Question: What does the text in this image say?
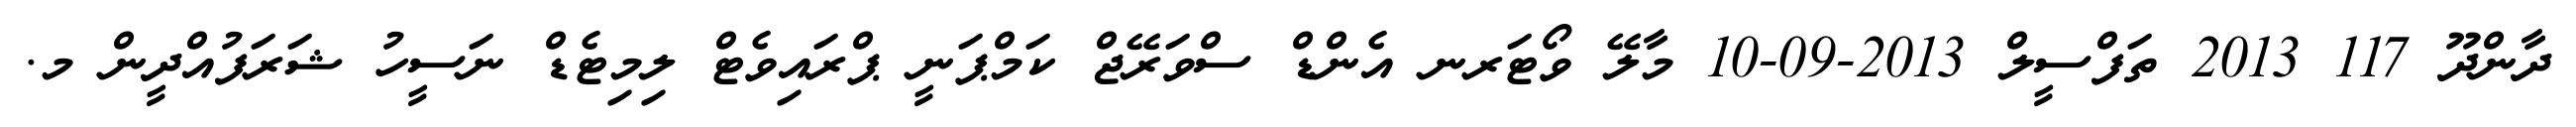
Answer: ދާންދޫ 117 2013 ތަފްސީލް 2013-09-10 މާލޭ ވޯޓަރނ އެންޑް ސްވަރޭޖް ކަމްޕަނީ ޕްރައިވެޓް ލިމިޓެޑް ނަސީހު ޝަރަފުއްދީން މ.